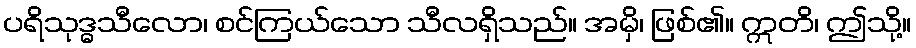
ပရိသုဒ္ဓသီလော၊ စင်ကြယ်သော သီလရှိသည်။ အမှိ၊ ဖြစ်၏။ ဣတိ၊ ဤသို့။